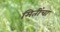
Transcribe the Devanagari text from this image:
मितींचा